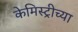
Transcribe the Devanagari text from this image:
केमिस्ट्रीच्या